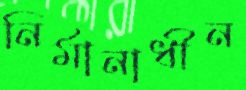
নির্মানাধীন